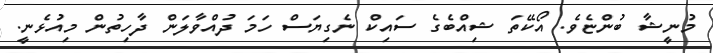
މުނީޝާ ބުންޏެވެ. އޯކޭތަ ޝިއްބެގެ ސައިކް ނެގިޔަސް ހަމަ ދުއްވާލަން ދާހިތުން މިއުޅެނީ.